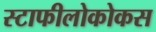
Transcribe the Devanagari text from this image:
स्टाफीलोकोकस